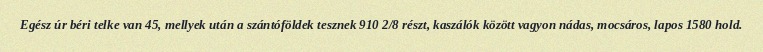
Egész úr béri telke van 45, mellyek után a szántóföldek tesznek 910 2/8 részt, kaszálók között vagyon nádas, mocsáros, lapos 1580 hold.